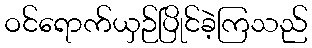
ဝင်ရောက်ယှဉ်ပြိုင်ခဲ့ကြသည်